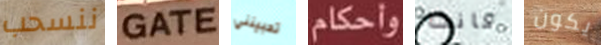
ننسحب GATE تحبينني وأحكام كانت يكون